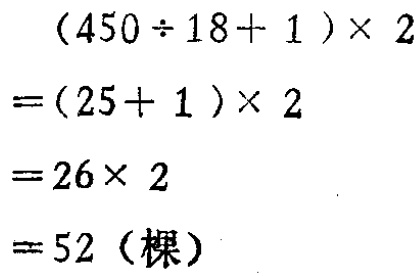
\[

\begin{align*}

&(450\div18 + 1)\times2\\

=&(25 + 1)\times2\\

=&26\times2\\

=&52 (\text{棵})

\end{align*}

\]